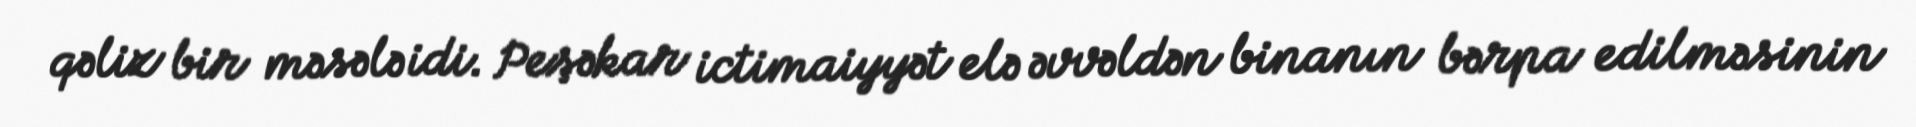
qəliz bir məsələ idi. Peşəkar ictimaiyyət elə əvvəldən binanın bərpa edilməsinin